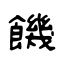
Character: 饑